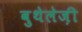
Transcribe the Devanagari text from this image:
बुथेलेज़ी